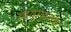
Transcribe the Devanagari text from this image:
वायुमंडलके